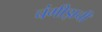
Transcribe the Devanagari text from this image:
चंगीझची